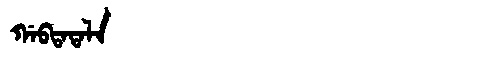
Manchu: ᡤᠠᠪᡨᠠᡨᠠᠯᠠ
Romanization: GABTATALA